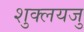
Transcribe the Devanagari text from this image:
शुक्लयजु